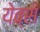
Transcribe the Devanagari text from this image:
येव्स